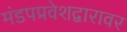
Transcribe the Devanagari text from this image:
मंडपप्रवेशद्वारावर